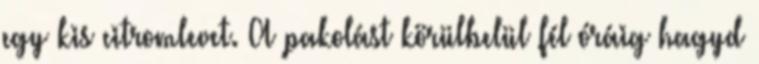
egy kis citromlevet. A pakolást körülbelül fél óráig hagyd